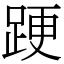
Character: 𨁈